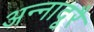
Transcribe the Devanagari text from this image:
अन्नादूरै